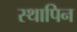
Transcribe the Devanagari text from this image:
स्थापिन